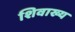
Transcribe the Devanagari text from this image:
शिवाख्य